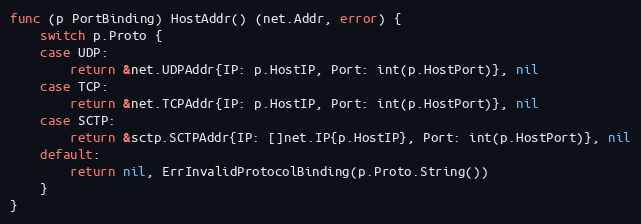
Language: Go
func (p PortBinding) HostAddr() (net.Addr, error) {
	switch p.Proto {
	case UDP:
		return &net.UDPAddr{IP: p.HostIP, Port: int(p.HostPort)}, nil
	case TCP:
		return &net.TCPAddr{IP: p.HostIP, Port: int(p.HostPort)}, nil
	case SCTP:
		return &sctp.SCTPAddr{IP: []net.IP{p.HostIP}, Port: int(p.HostPort)}, nil
	default:
		return nil, ErrInvalidProtocolBinding(p.Proto.String())
	}
}